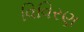
વિવિરણ